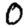
Digit: 0